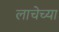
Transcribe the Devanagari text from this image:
लाचेच्या